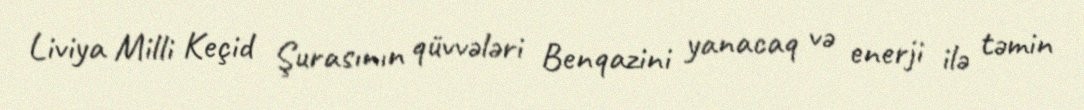
Liviya Milli Keçid Şurasının qüvvələri Benqazini yanacaq və enerji ilə təmin